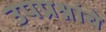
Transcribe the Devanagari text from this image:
उपप्रश्नांचे